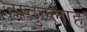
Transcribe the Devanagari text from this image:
हम्दुल्लाह